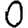
Digit: 0